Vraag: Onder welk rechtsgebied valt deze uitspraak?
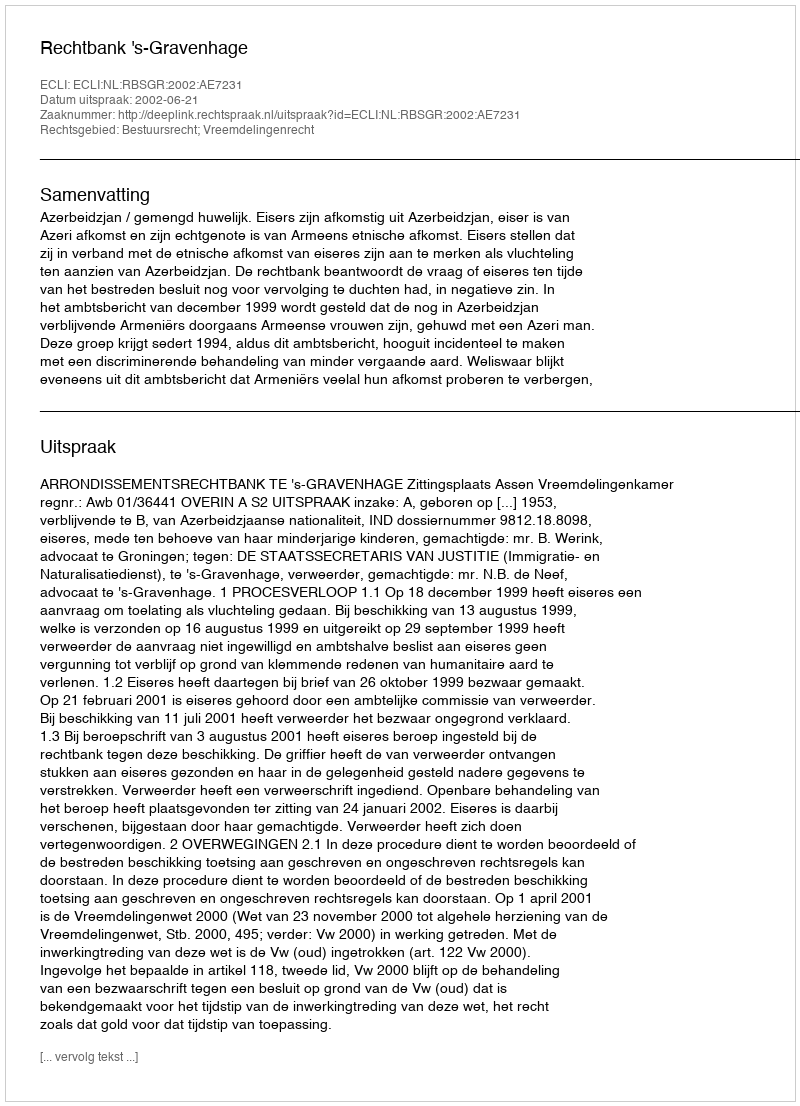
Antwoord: Bestuursrecht; Vreemdelingenrecht